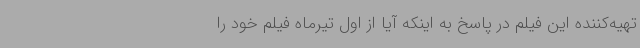
تهیه‌کننده این فیلم در پاسخ به اینکه آیا از اول تیرماه فیلم خود را